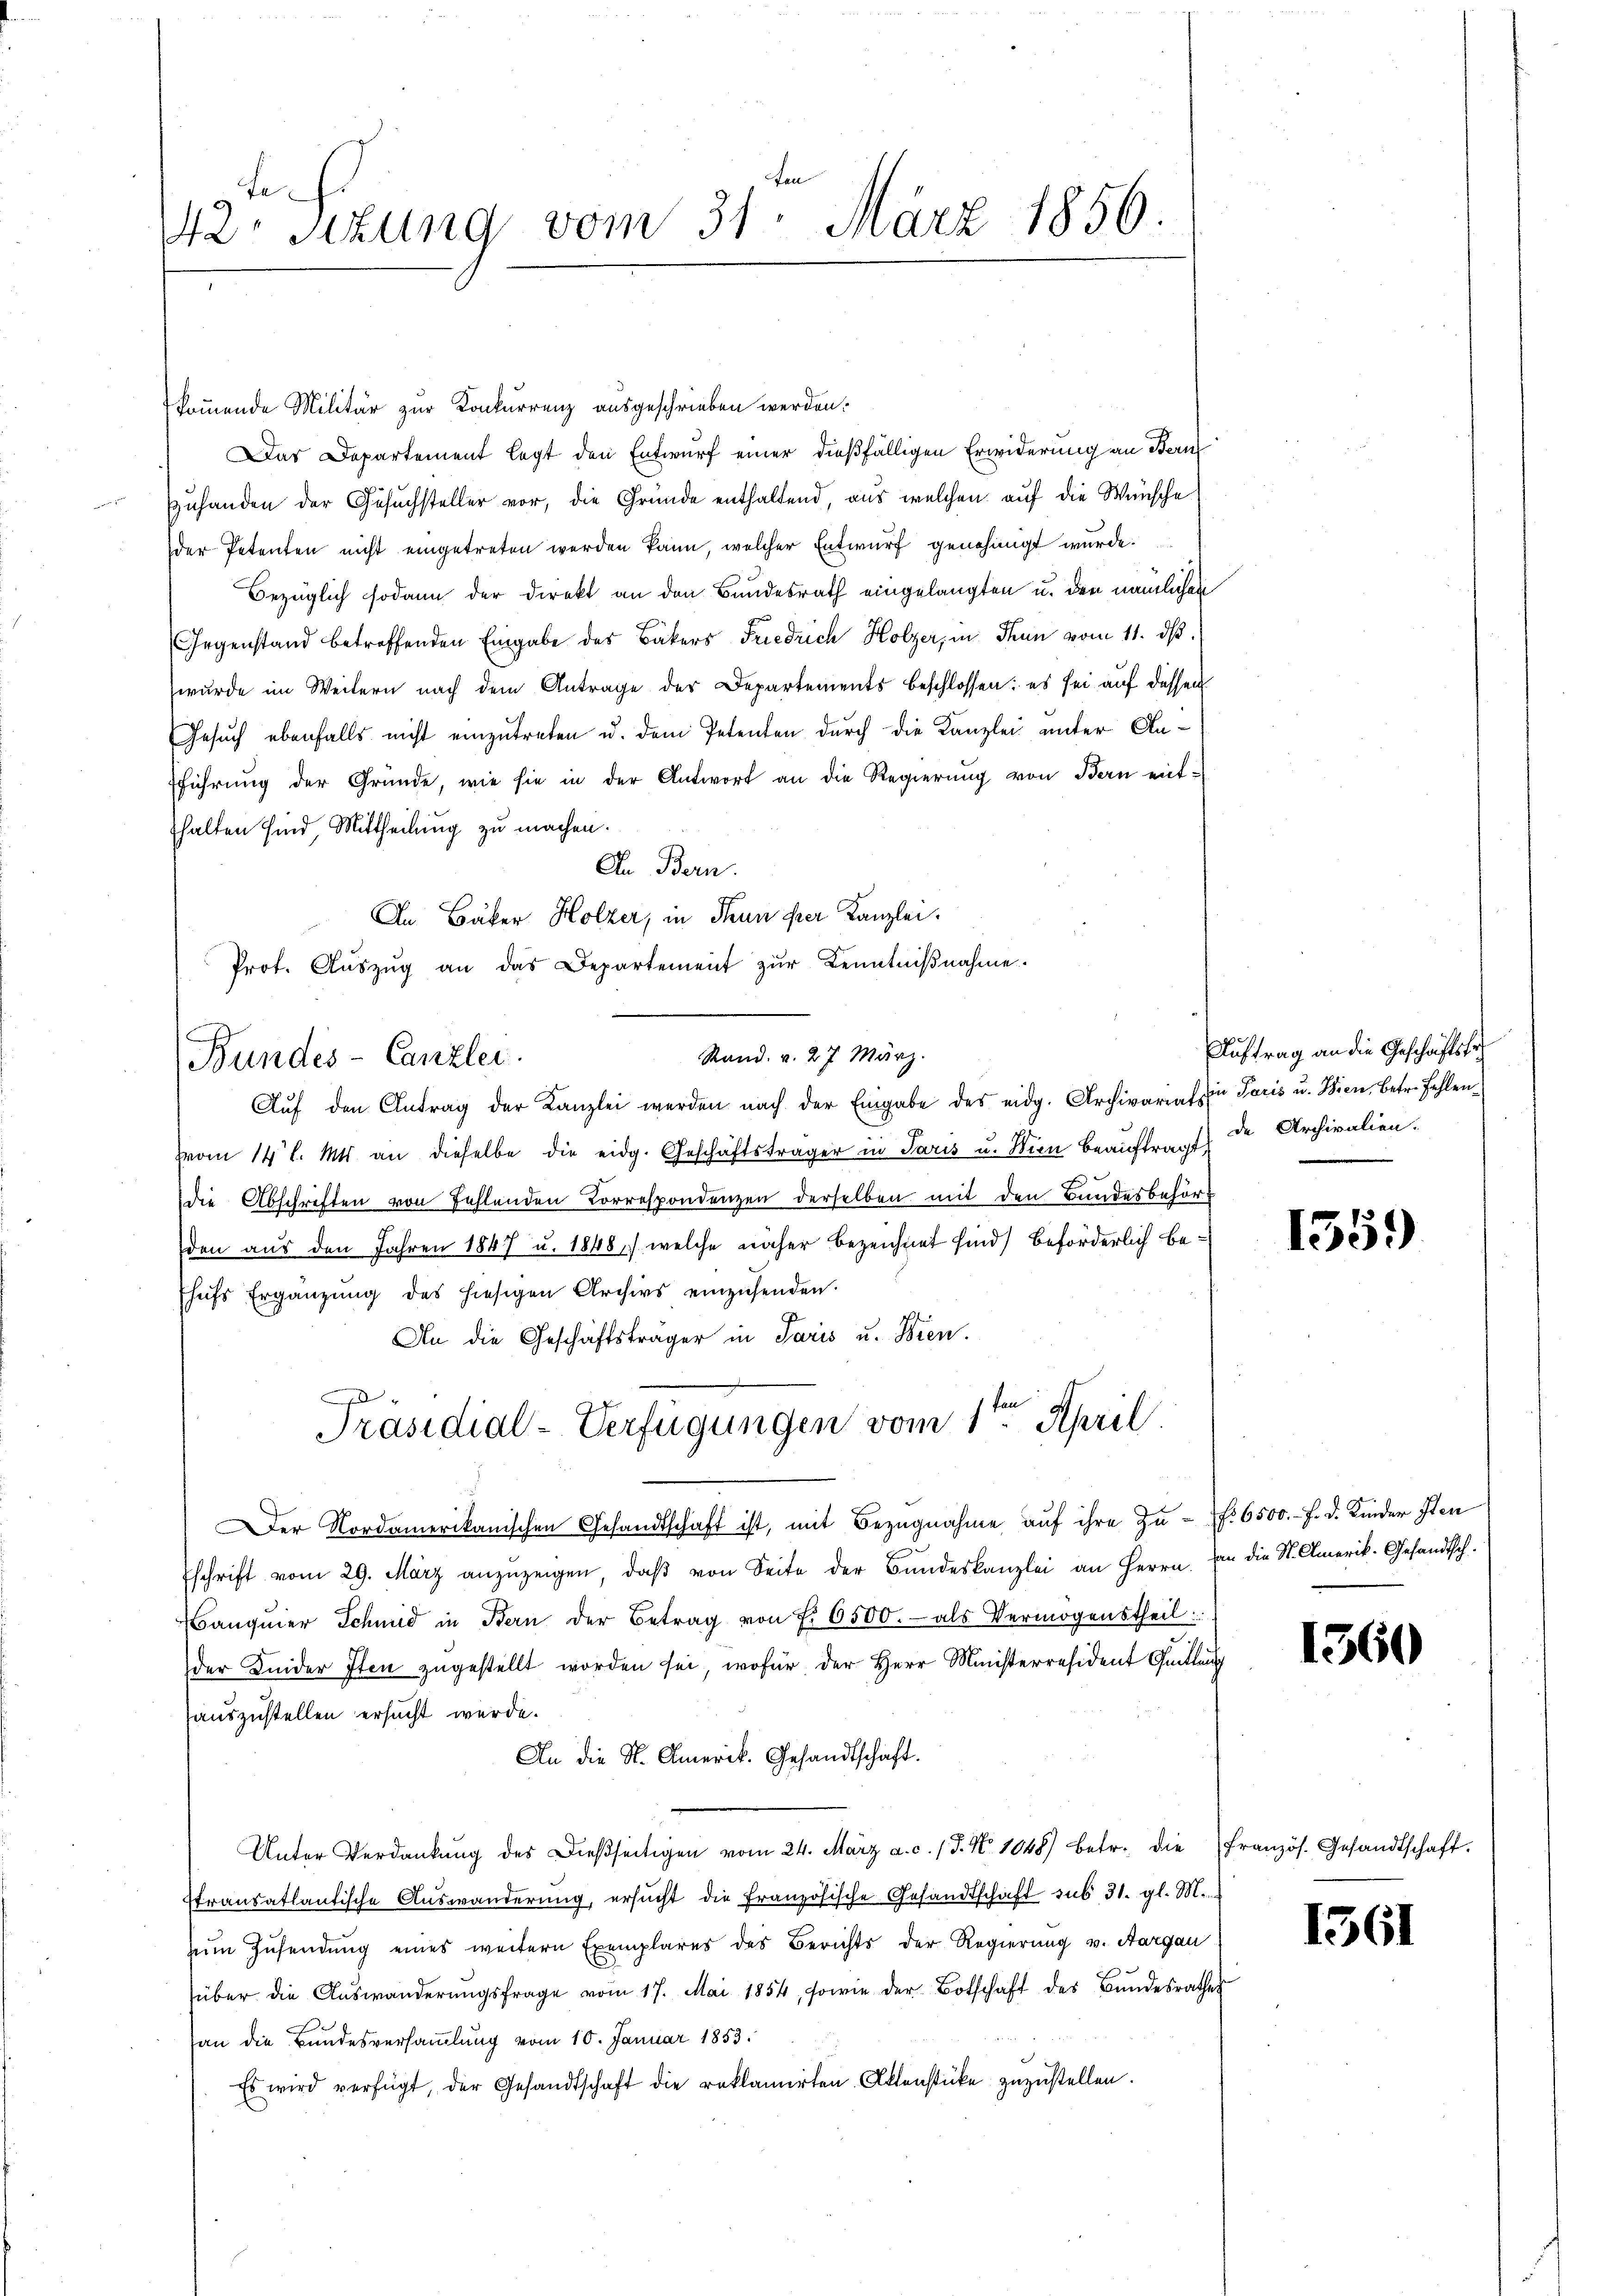
te.
42. Sizung vom 31. März 1856.

kommende Militär zur Konkurrenz ausgeschrieben werden.
Das Departement legt den Entwurf einer dießfälligen Erwiderung an Bern
Zuhanden der Gesuchsteller vor, die Gründe enthaltend, aus welchen auf die Wünsche
der Petenten nicht eingetreten werden kann, welcher Entwurf genehmigt wurde.
Bezüglich sodann der Direkt an den Bundesrath eingelangten u. den nämlichen
Gegenstand betreffenden Eingabe des Bäkers Friedrich Holzer, in Thun vom 11. ds.
wurde im Weitern nach dem Antrage des Departements beschlossen: es sei auf dessen
Gesuch ebenfalls nicht einzutreten u. dem Petenten durch die Kanzlei unter Anführung der Gründe, wie sie in der Antwort an die Regierung von Bern ent-
thalten sind, Mittheilung zu machen.
In Bern.
An Bäker Holzer, in Thun hier Kanzlei.
Prot. Aŭszŭg an das Departement zŭr Kenntniβnahme.
Aŭf den Antrag der Kanzlei werden nach der Eingabe des eidg. Archivariat in Paris u. Wien, betr. Fehlen
vom 14 l. Mts. an dieselbe die eidg. Geschäftsträger in Paris u. Wien beauftragt de Archivalien.
die Abschriften von Fehlenden Korrespondenzen derselben mit den Bundesbehört
den aus den Jahren 1847 u. 1848), welche näher bezeichnet sind) beförderlich behŭfs Ergänzŭng des hiesigen Archivs einzŭsenden.
An die Geschäftsträger in Paris u. Bien.
d
Präsidial-Verfügungen vom 1ten April.
Der Nordamerikanischen Gesandtschaft ist, mit Bezŭgnahme aŭf ihre Zu- f. 6500.- F. d. Kinder Iten
schrift vom 29. März anzuzeigen, daβ von Seite der Bundeskanzlei an Herrn. An die St. Amerik- Gesandtsch.
anquier Schmid in Bern der Betrag von Fr. 6500.- als Vermögenstheil
der Kinder Iten zugestellt worden sei, wofür der Herr Ministerresident Quittun
auszustellen ersucht werde.
An die N. Amerik. Gesandtschaft.
Unter Verdankŭng des Dieβseitigen vom 24. März a. c. 1 S. Nr. 1048) betr. die französ. Gesandtschaft.
Itransatlantische Auswanderŭng, ersŭcht die französische Gesandtschaft sub 31. gl. M.
sein Zusendung eines weitern Exemplares des Berichts der Regierung v. Aargau
über die Aŭswanderŭngsfrage vom 17. Mai 1854, sowie der Botschaft des Bŭndesrathes
an die Bundesversammlung vom 10. Januar 1853.
Es wird verfügt, der Gesandtschaft die reklamirten Aktenstücke zuzustellen.

Bundes-Canzlei.

Stand. v. 27. März.

Auftrag an die Geschäftsteh

1359)

1560

15

61